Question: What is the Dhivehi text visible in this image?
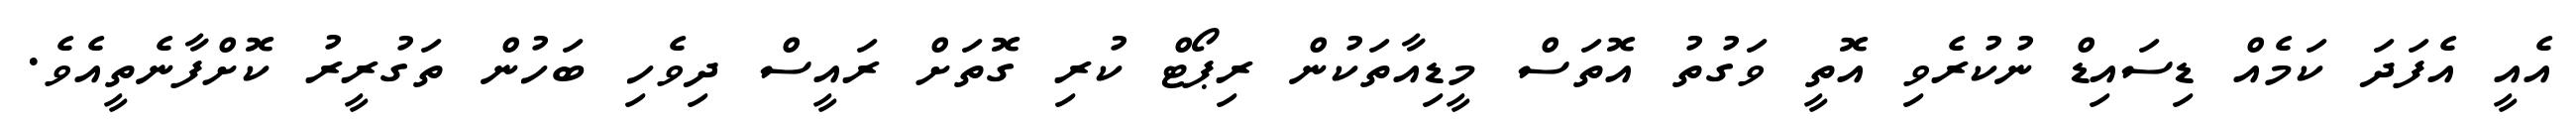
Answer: އެއީ އެފަދަ ކަމެއް ޑިސައިޑް ނުކުރެވި އޮތީ ވަގުތު އޮތަސް މީޑިއާތަކުން ރިޕޯޓް ކުރި ގޮތަށް ރައީސް ދިވެހި ބަހުން ތަގުރީރު ކޮށްފާނެތީއެވެ.